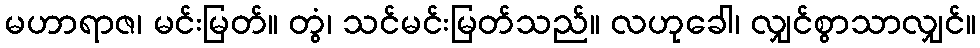
မဟာရာဇ၊ မင်းမြတ်။ တွံ၊ သင်မင်းမြတ်သည်။ လဟုခေါ၊ လျှင်စွာသာလျှင်။